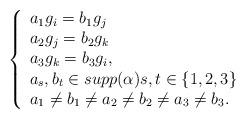
LaTeX: \begin{align*}\left\{\begin{array}{l}a_1g_i=b_1g_j\\a_2g_j=b_2g_k\\a_3g_k=b_3g_i,\\ a_s,b_t \in supp(\alpha) s,t\in \{1,2,3\} \\ a_1\not=b_1\not=a_2\not=b_2\not=a_3\not=b_3.\end{array} \right.\end{align*}